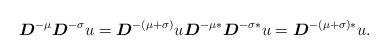
LaTeX: \begin{align*}\boldsymbol{D}^{-\mu} \boldsymbol{D}^{-\sigma} u=\boldsymbol{D}^{-(\mu+\sigma)}u \boldsymbol{D}^{-\mu*} \boldsymbol{D}^{-\sigma*}u = \boldsymbol{D}^{-(\mu+\sigma)*}u .\end{align*}